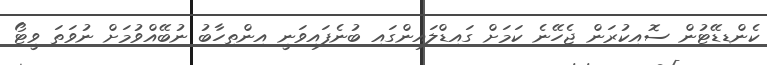
ކެންޑިޑޭޓުން ސޮއިކުރަން ޖެހޭނެ ކަމަށް ގައިޑްލައިންގައި ބުނެފައިވަނީ އިންތިހާބު ނުބޭއްވުމަށް ނުވަތަ ވީޓޯ